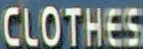
CLOTHES